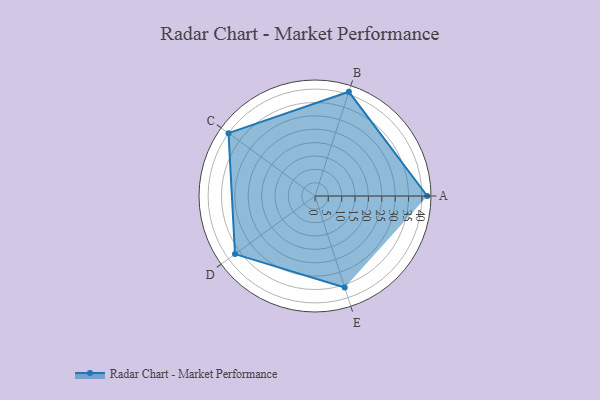
{"axis": {"x": "Skill", "y": "Score"}, "legend": ["Profile"], "data": [{"x": "A", "y": 42.0, "type": "Profile"}, {"x": "B", "y": 41.0, "type": "Profile"}, {"x": "C", "y": 40.0, "type": "Profile"}, {"x": "D", "y": 37.0, "type": "Profile"}, {"x": "E", "y": 36.0, "type": "Profile"}]}